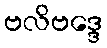
ဗလိဗဒ္ဒေ